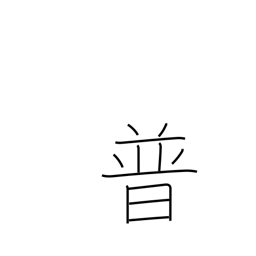
Meaning: Prussia